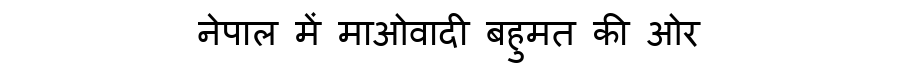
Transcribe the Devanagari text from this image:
नेपाल में माओवादी बहुमत की ओर